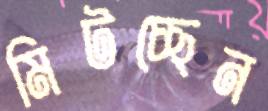
মিটচ্ছেন